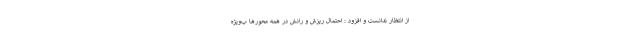
از انتظار ندانست و افزود : احتمال ریزش و رانش در همه محورها ب‌ویژه